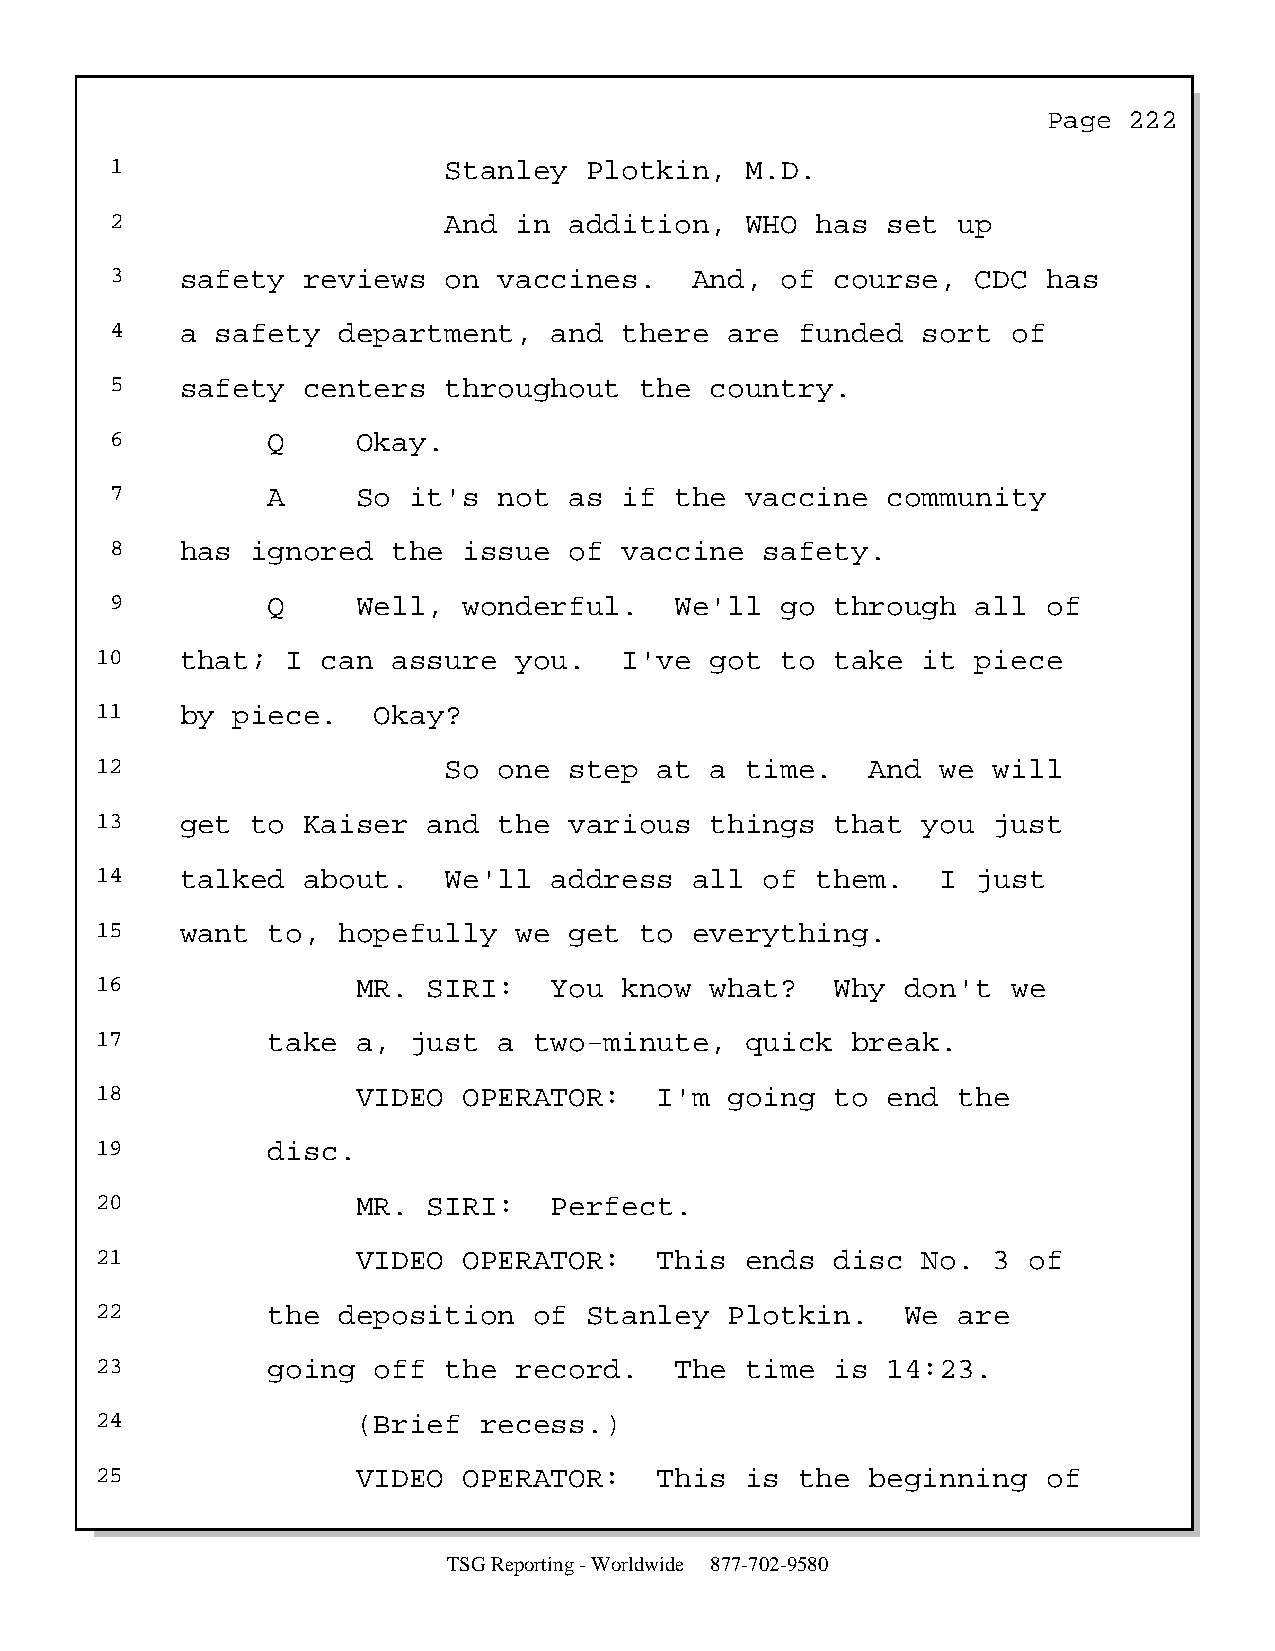
Page  222
 1                     Stanley   Plotkin,  M.D.
 2                     And  in  addition,  WHO  has  set up
 3    safety  reviews  on  vaccines.    And,  of course,   CDC has
 4    a safety  department,   and  there  are  funded  sort  of
 5    safety  centers  throughout   the  country.
 6          Q     Okay.
 7          A     So it's  not  as if  the vaccine   community
 8    has  ignored  the  issue  of vaccine   safety.
 9          Q     Well,  wonderful.    We'll  go through   all of
 10    that;  I can  assure  you.   I've  got  to take  it  piece
 11    by piece.    Okay?
 12                     So  one  step  at a time.    And we  will
 13    get  to Kaiser  and  the  various  things  that  you  just
 14    talked  about.   We'll  address   all  of them.   I  just
 15    want  to, hopefully   we  get to  everything.
 16                MR. SIRI:   You  know  what?   Why  don't  we
 17          take  a, just  a two-minute,   quick  break.
 18                VIDEO  OPERATOR:    I'm going  to  end the
 19          disc.
 20                MR. SIRI:   Perfect.
 21                VIDEO  OPERATOR:    This ends  disc  No.  3 of
 22          the deposition   of  Stanley  Plotkin.    We are
 23          going  off the  record.    The time  is  14:23.
 24                (Brief  recess.)
 25                VIDEO  OPERATOR:    This is  the  beginning  of
 TSG Reporting - Worldwide 877-702-9580